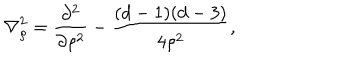
LaTeX: { \bf \nabla } _ { \rho } ^ { 2 } = \frac { \partial ^ { 2 } } { \partial \rho ^ { 2 } } - \frac { ( d - 1 ) ( d - 3 ) } { 4 \rho ^ { 2 } } ,